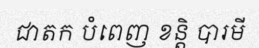
ជាតក បំពេញ ខន្តិ បារមី